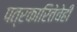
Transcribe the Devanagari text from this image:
पत्रकारितेचेही